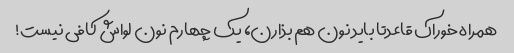
همراه خوراک قاعدتا باید نون هم بذارن، یک چهارم نون لواش کافی نیست!